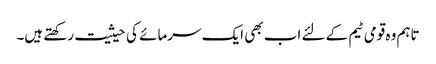
تاہم وہ قومی ٹیم کے لئے اب بھی ایک سرمائے کی حیثیت رکھتے ہیں۔